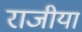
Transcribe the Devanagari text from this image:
राजीया